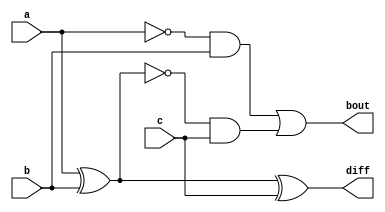
// This program was cloned from: https://github.com/Mariam-Katamashvili/Veri-Simple
// License: MIT License

module fullSubtractor (a, b, c, bout, diff); //define the variables
input a, b, c; //inputs
output bout, diff; //outputs
	assign bout = ((~a)&b) | (~(a^b)&c); //equation for bout
	assign diff = a ^ b ^ c;//eqaution for diff
endmodule